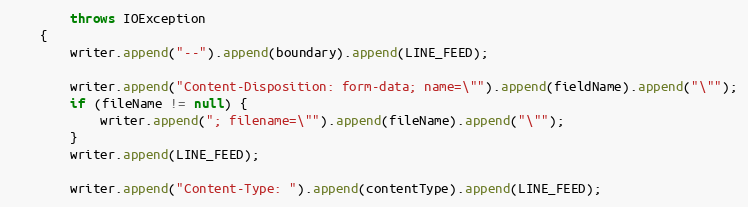
Language: Java
        throws IOException
    {
        writer.append("--").append(boundary).append(LINE_FEED);

        writer.append("Content-Disposition: form-data; name=\"").append(fieldName).append("\"");
        if (fileName != null) {
            writer.append("; filename=\"").append(fileName).append("\"");
        }
        writer.append(LINE_FEED);

        writer.append("Content-Type: ").append(contentType).append(LINE_FEED);